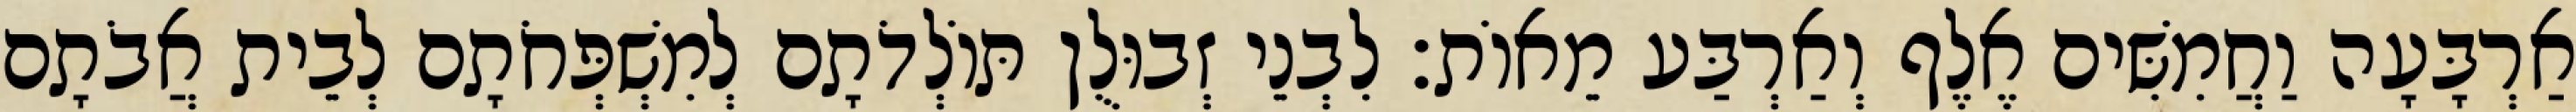
אַרְבָּעָה וַחֲמִשִּׁים אֶלֶף וְאַרְבַּע מֵאוֹת׃ לִבְנֵי זְבוּלֻן תּוֹלְדֹתָם לְמִשְׁפְּחֹתָם לְבֵית אֲבֹתָם